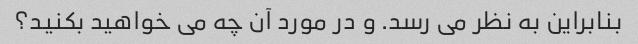
بنابراین به نظر می رسد. و در مورد آن چه می خواهید بکنید؟